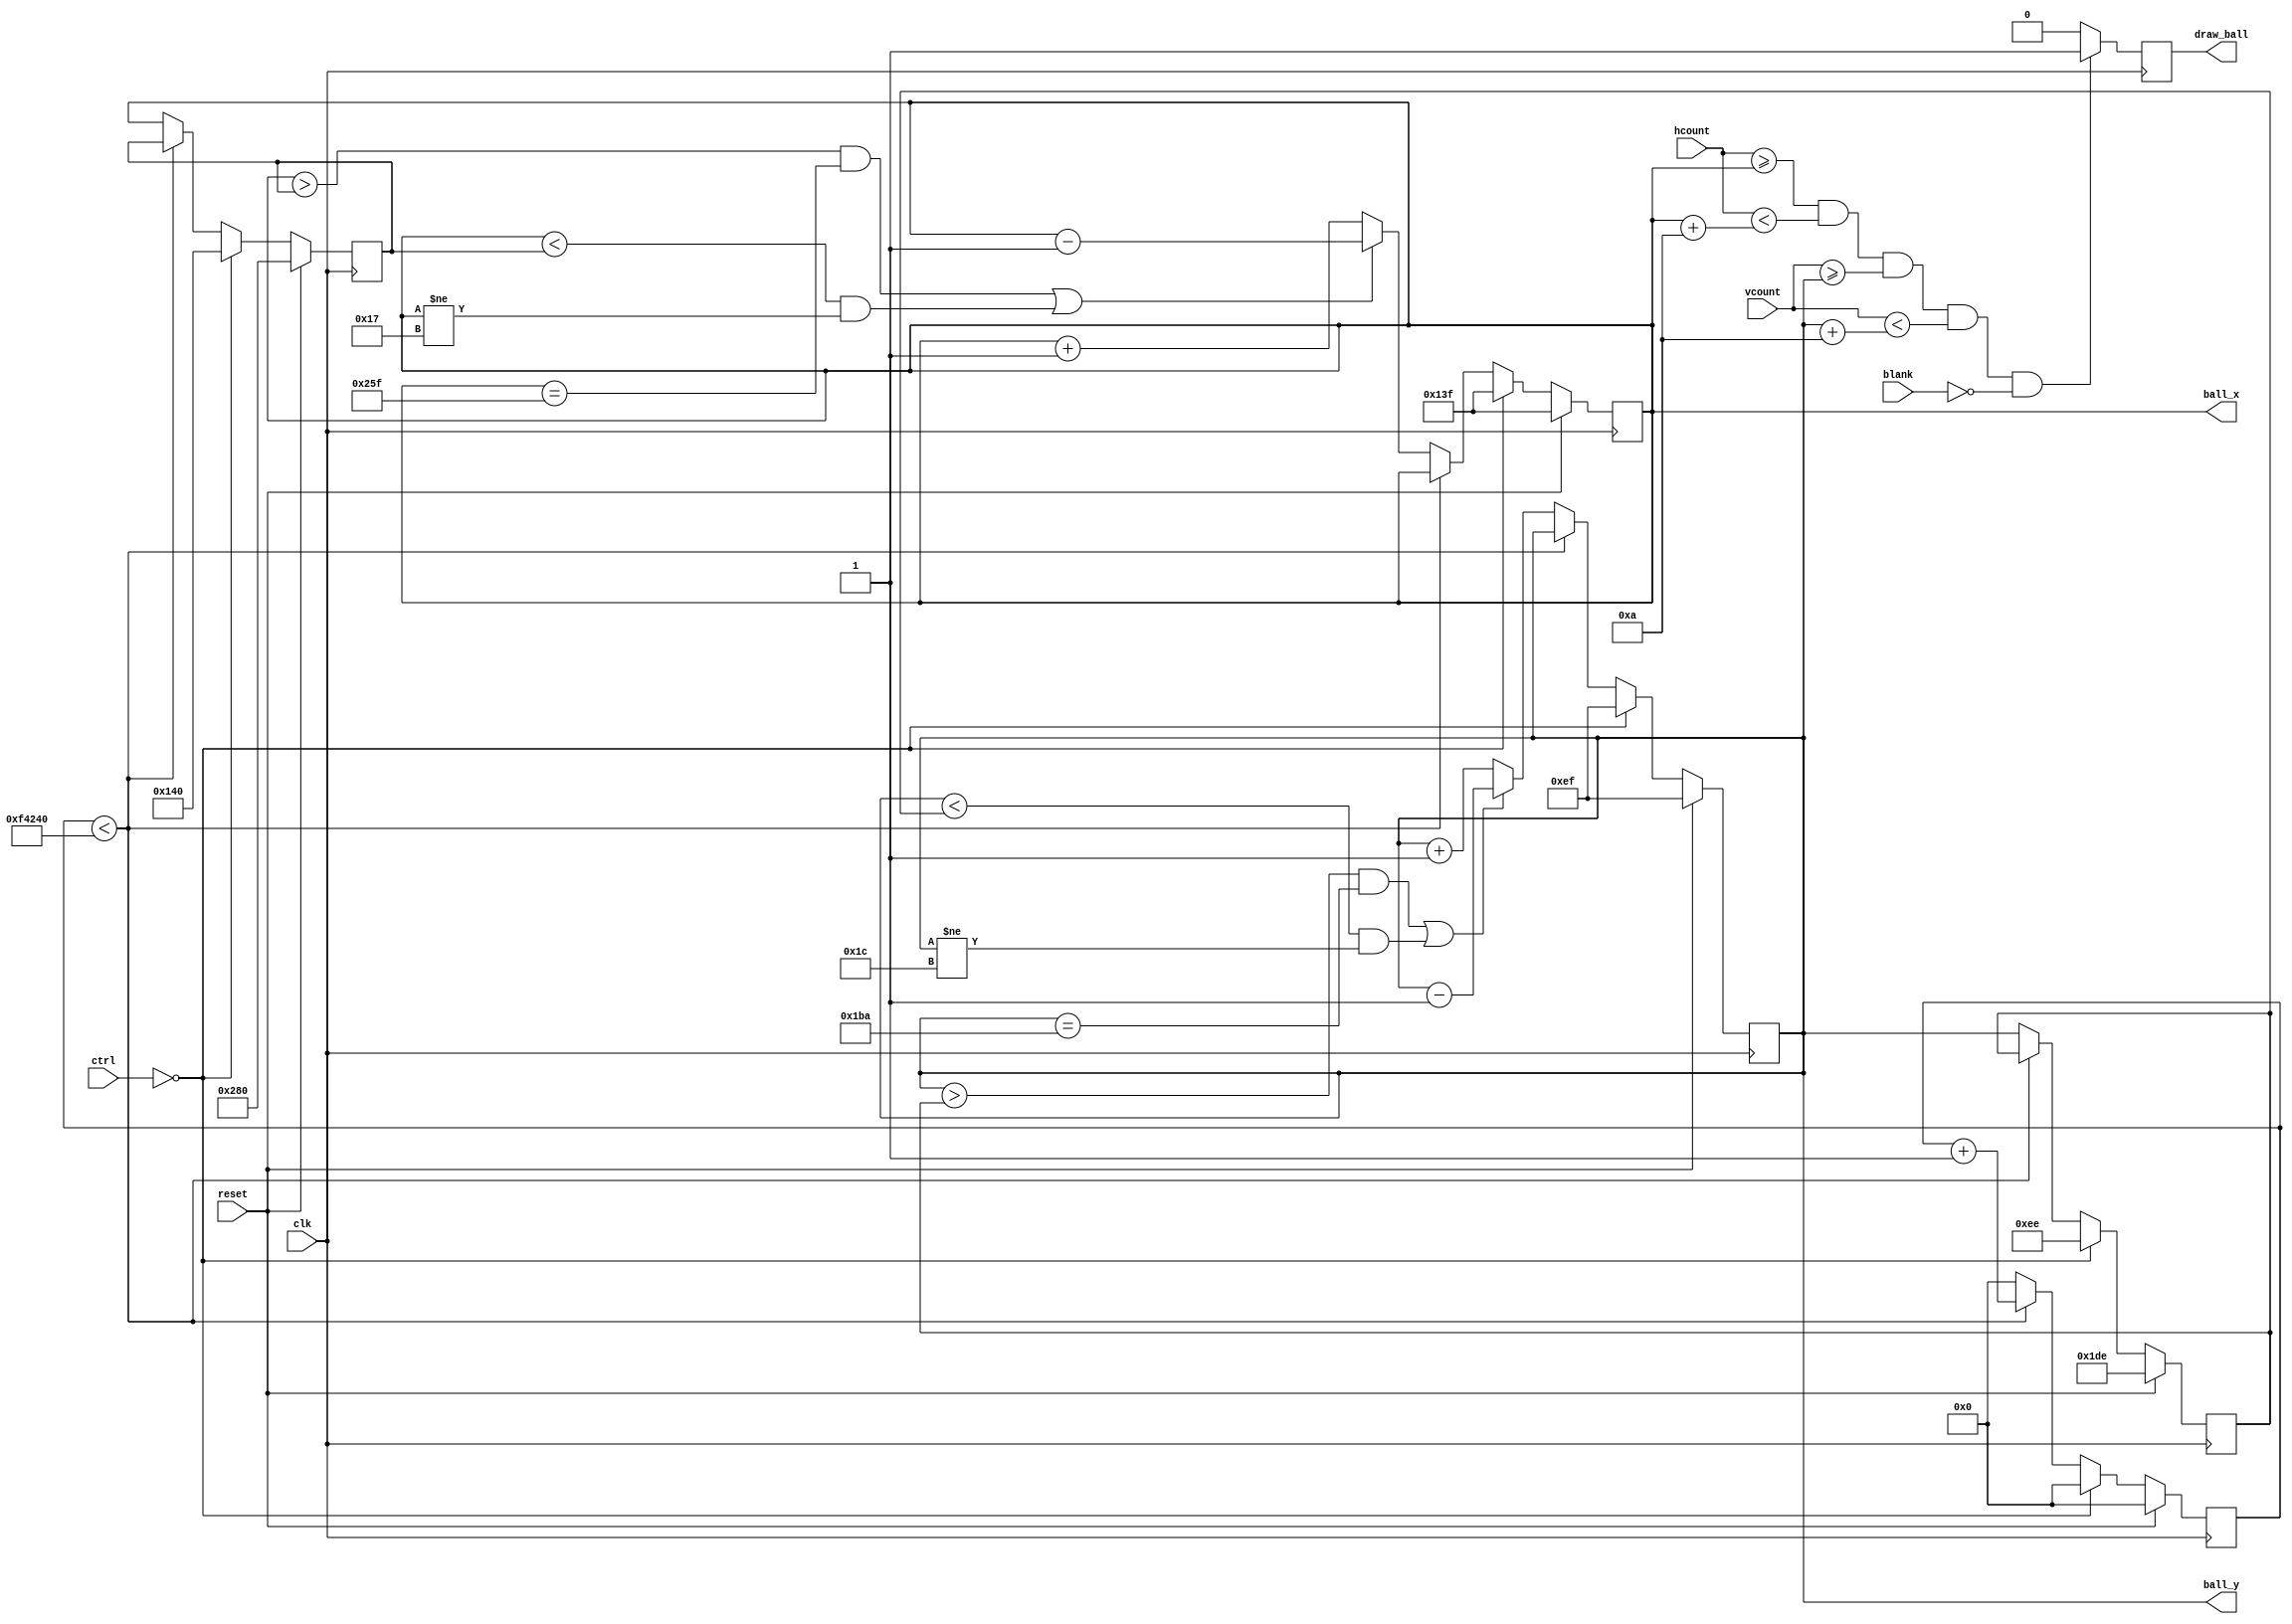
`timescale 1ns / 1ps
//////////////////////////////////////////////////////////////////////////////////
// Company: WPI, ECE
// Module Name: ball_ctrl
// Description: describes the movement of the ball on the game field.
//////////////////////////////////////////////////////////////////////////////////

module ball_ctrl
    #(//screen resolution in pixels
      parameter SCREEN_WIDTH   = 10'd640,
      parameter SCREEN_HEIGHT  = 9'd480,
      //dimensions of the game field in pixels
      parameter BORDER_WIDTH   = 4'd10,
      parameter Y_UP_BORDER    = 10'd19,
      parameter Y_DOWN_BORDER  = 10'd460,
      //the positions of the paddle_1 and paddle_2
      parameter PADDLE_X_1 = 5'd19,
      parameter PADDLE_X_2 = 10'd616,
      //paddle's width in pixels
      parameter PADDLE_WIDTH  = 10'd5,
      //ball's speed
      parameter BALL_SPEED = 20'd1_000_000,
      //ball's width and height in pixels
      parameter BALL_SIZE  = 4'd10)
    (
        input clk,                      //clock
        input reset,                    //reset
        input[10:0] hcount,             //count columns for the current pixel (even if not in visible area)
        input[10:0] vcount,             //count raws for the current pixel (even if not in visible area)
        input blank,                    //active when pixel is not in visible area
        input[31:0] ctrl,               //control
        output reg draw_ball,           //draw ball enable
        output reg[9:0] ball_x,         //current x-position of the ball
        output reg[8:0] ball_y          //current y-position of the ball
    );
    
    //the previous coordinates of the ball (to keep track of the ball position)
    reg[9:0]  ball_x_prev;
    reg[8:0]  ball_y_prev;
    //ball speed
    reg[19:0] ball_speed;
    
    //update registers (sequential)
    always@(posedge clk)
    begin
        if(reset == 1'b1) begin
            ball_x      <= SCREEN_WIDTH/2 - 1;
            ball_y      <= SCREEN_HEIGHT/2 - 1;
            ball_x_prev <= SCREEN_WIDTH;
            ball_y_prev <= SCREEN_HEIGHT - 2;
            ball_speed  <= 32'd0;
        end
        else begin
            //if the game is inactive, the ball stays in the middle of the screen
            if (ctrl == 32'd0)begin
                ball_x      <= SCREEN_WIDTH/2 - 1;  //initially - move left
                ball_x_prev <= SCREEN_WIDTH/2;
                ball_y      <= SCREEN_HEIGHT/2 - 1; //initially - move up
                ball_y_prev <= SCREEN_HEIGHT/2 - 2;
                ball_speed  <= 32'd0;
            end
            else begin
                if (ball_speed < BALL_SPEED) begin
                    ball_speed <= ball_speed + 1;
                end
                else begin
                    //reset the ball speed
                    ball_speed <= 0;
                    //store the previous coordiates
                    ball_x_prev <= ball_x;
                    ball_y_prev <= ball_y;
                    //X-movement: when the previous X-value is less than the current one,
                    //the ball is moving right.
                    //Keep it moving to the right unless it hits the right paddle or leaves the field.
                    //When the previous X-value is greater than the current one, the ball is moving left.
                    //Keep it moving to the left unless it hits the left paddle or leaves the field.                    
                    if (((ball_x > ball_x_prev) && (ball_x == PADDLE_X_2 - BALL_SIZE + 1)) ||
                        ((ball_x < ball_x_prev) && (ball_x != PADDLE_X_1 + PADDLE_WIDTH - 1))) begin
                        ball_x <= ball_x - 1;
                    end
                    else begin
                        ball_x <= ball_x + 1;
                    end
                    //Y-movement: when the previous Y-value is less than the current one, the ball is moving up.
                    //Keep it moving up unless it hits the the upper border.
                    //When the previous Y-value is greater than the current one, the ball is moving down.
                    //Keep it moving down unless it hits the bottom border.    
                    if ((ball_y > ball_y_prev) && (ball_y == (Y_DOWN_BORDER - BORDER_WIDTH - BALL_SIZE + 2)) ||
                        ((ball_y < ball_y_prev) && (ball_y != (Y_UP_BORDER + BORDER_WIDTH - 1)))) begin
                        ball_y <= ball_y - 1;
                        end
                    else begin
                        ball_y <= ball_y + 1;
                    end
                end
            end        
        end
    end
    
    //draw the ball
    always@(posedge clk) begin
        if((hcount >= ball_x) && (hcount < ball_x + BALL_SIZE) &&
           (vcount >= ball_y) && (vcount < ball_y + BALL_SIZE) && blank == 1'b0) begin
            draw_ball <= 1'b1;
        end
        else begin
           draw_ball <= 1'b0;
        end
    end
    
endmodule